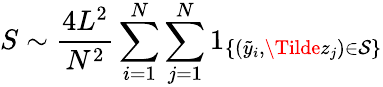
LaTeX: S\sim\frac{4L^{2}}{N^{2}}\sum_{i=1}^{N}\sum_{j=1}^{N}1_{\{ (\tilde{y}_{i},\Tilde{z}_{j})\in\mathcal{S}\} }